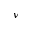
\nu